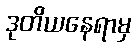
ဒုတိယနေရာမှ